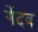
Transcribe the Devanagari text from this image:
गेंदब